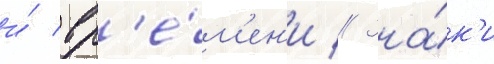
и́ вр'е́м'ен'и // Зна́к'и